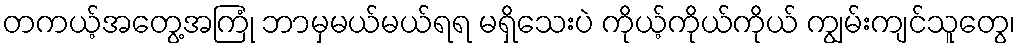
တကယ့်အတွေ့အကြုံ ဘာမှမယ်မယ်ရရ မရှိသေးပဲ ကိုယ့်ကိုယ်ကိုယ် ကျွမ်းကျင်သူတွေ၊